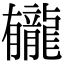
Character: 龓